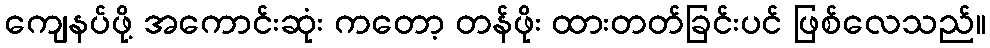
ကျေနပ်ဖို့ အကောင်းဆုံး ကတော့ တန်ဖိုး ထားတတ်ခြင်းပင် ဖြစ်လေသည်။